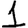
Digit: 1